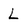
Character: L